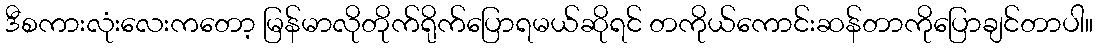
ဒီစကားလုံးလေးကတော့ မြန်မာလိုတိုက်ရိုက်ပြောရမယ်ဆိုရင် တကိုယ်ကောင်းဆန်တာကိုပြောချင်တာပါ။